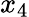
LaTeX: x_{4}